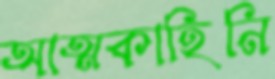
আত্মকাহিনি